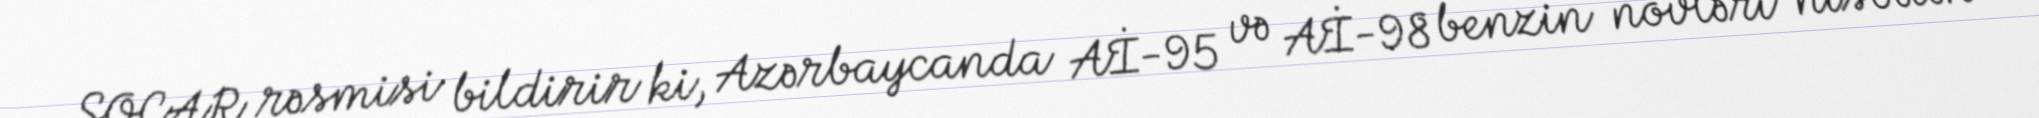
SOCAR rəsmisi bildirir ki, Azərbaycanda Aİ-95 və Aİ-98 benzin növləri nisbətən